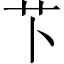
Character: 𫇥